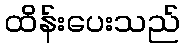
ထိန်းပေးသည်